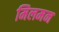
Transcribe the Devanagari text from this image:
मिलमन